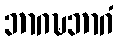
ဘာဂဍ္ဎဘာဂံ